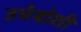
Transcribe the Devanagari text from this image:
उमेबोशी